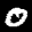
Label: 0